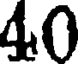
40